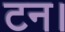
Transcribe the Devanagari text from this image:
टन।